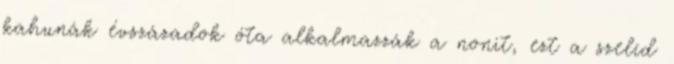
kahunák évszázadok óta alkalmazzák a nonit, ezt a szelíd